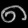
Digit: ၈